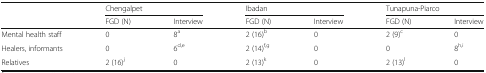
| <ROWSPAN=2>  | <COLSPAN=2> Chengalpet | <COLSPAN=2> Ibadan | <COLSPAN=2> Tunapuna-Piarco |
 | FGD (N) | Interview | FGD (N) | Interview | FGD (N) | Interview |
 | --- | --- | --- | --- | --- | --- | --- |
 | Mental health staff | 0 | 8a | 2 (16)b | 0 | 2 (9)c | 0 |
 | Healers, informants | 0 | 6d,e | 2 (14)f,g | 0 | 0 | 8h,i |
 | Relatives | 2 (16)j | 0 | 2 (13)k | 0 | 2 (13)l | 0 |